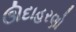
ઊદાહરણો